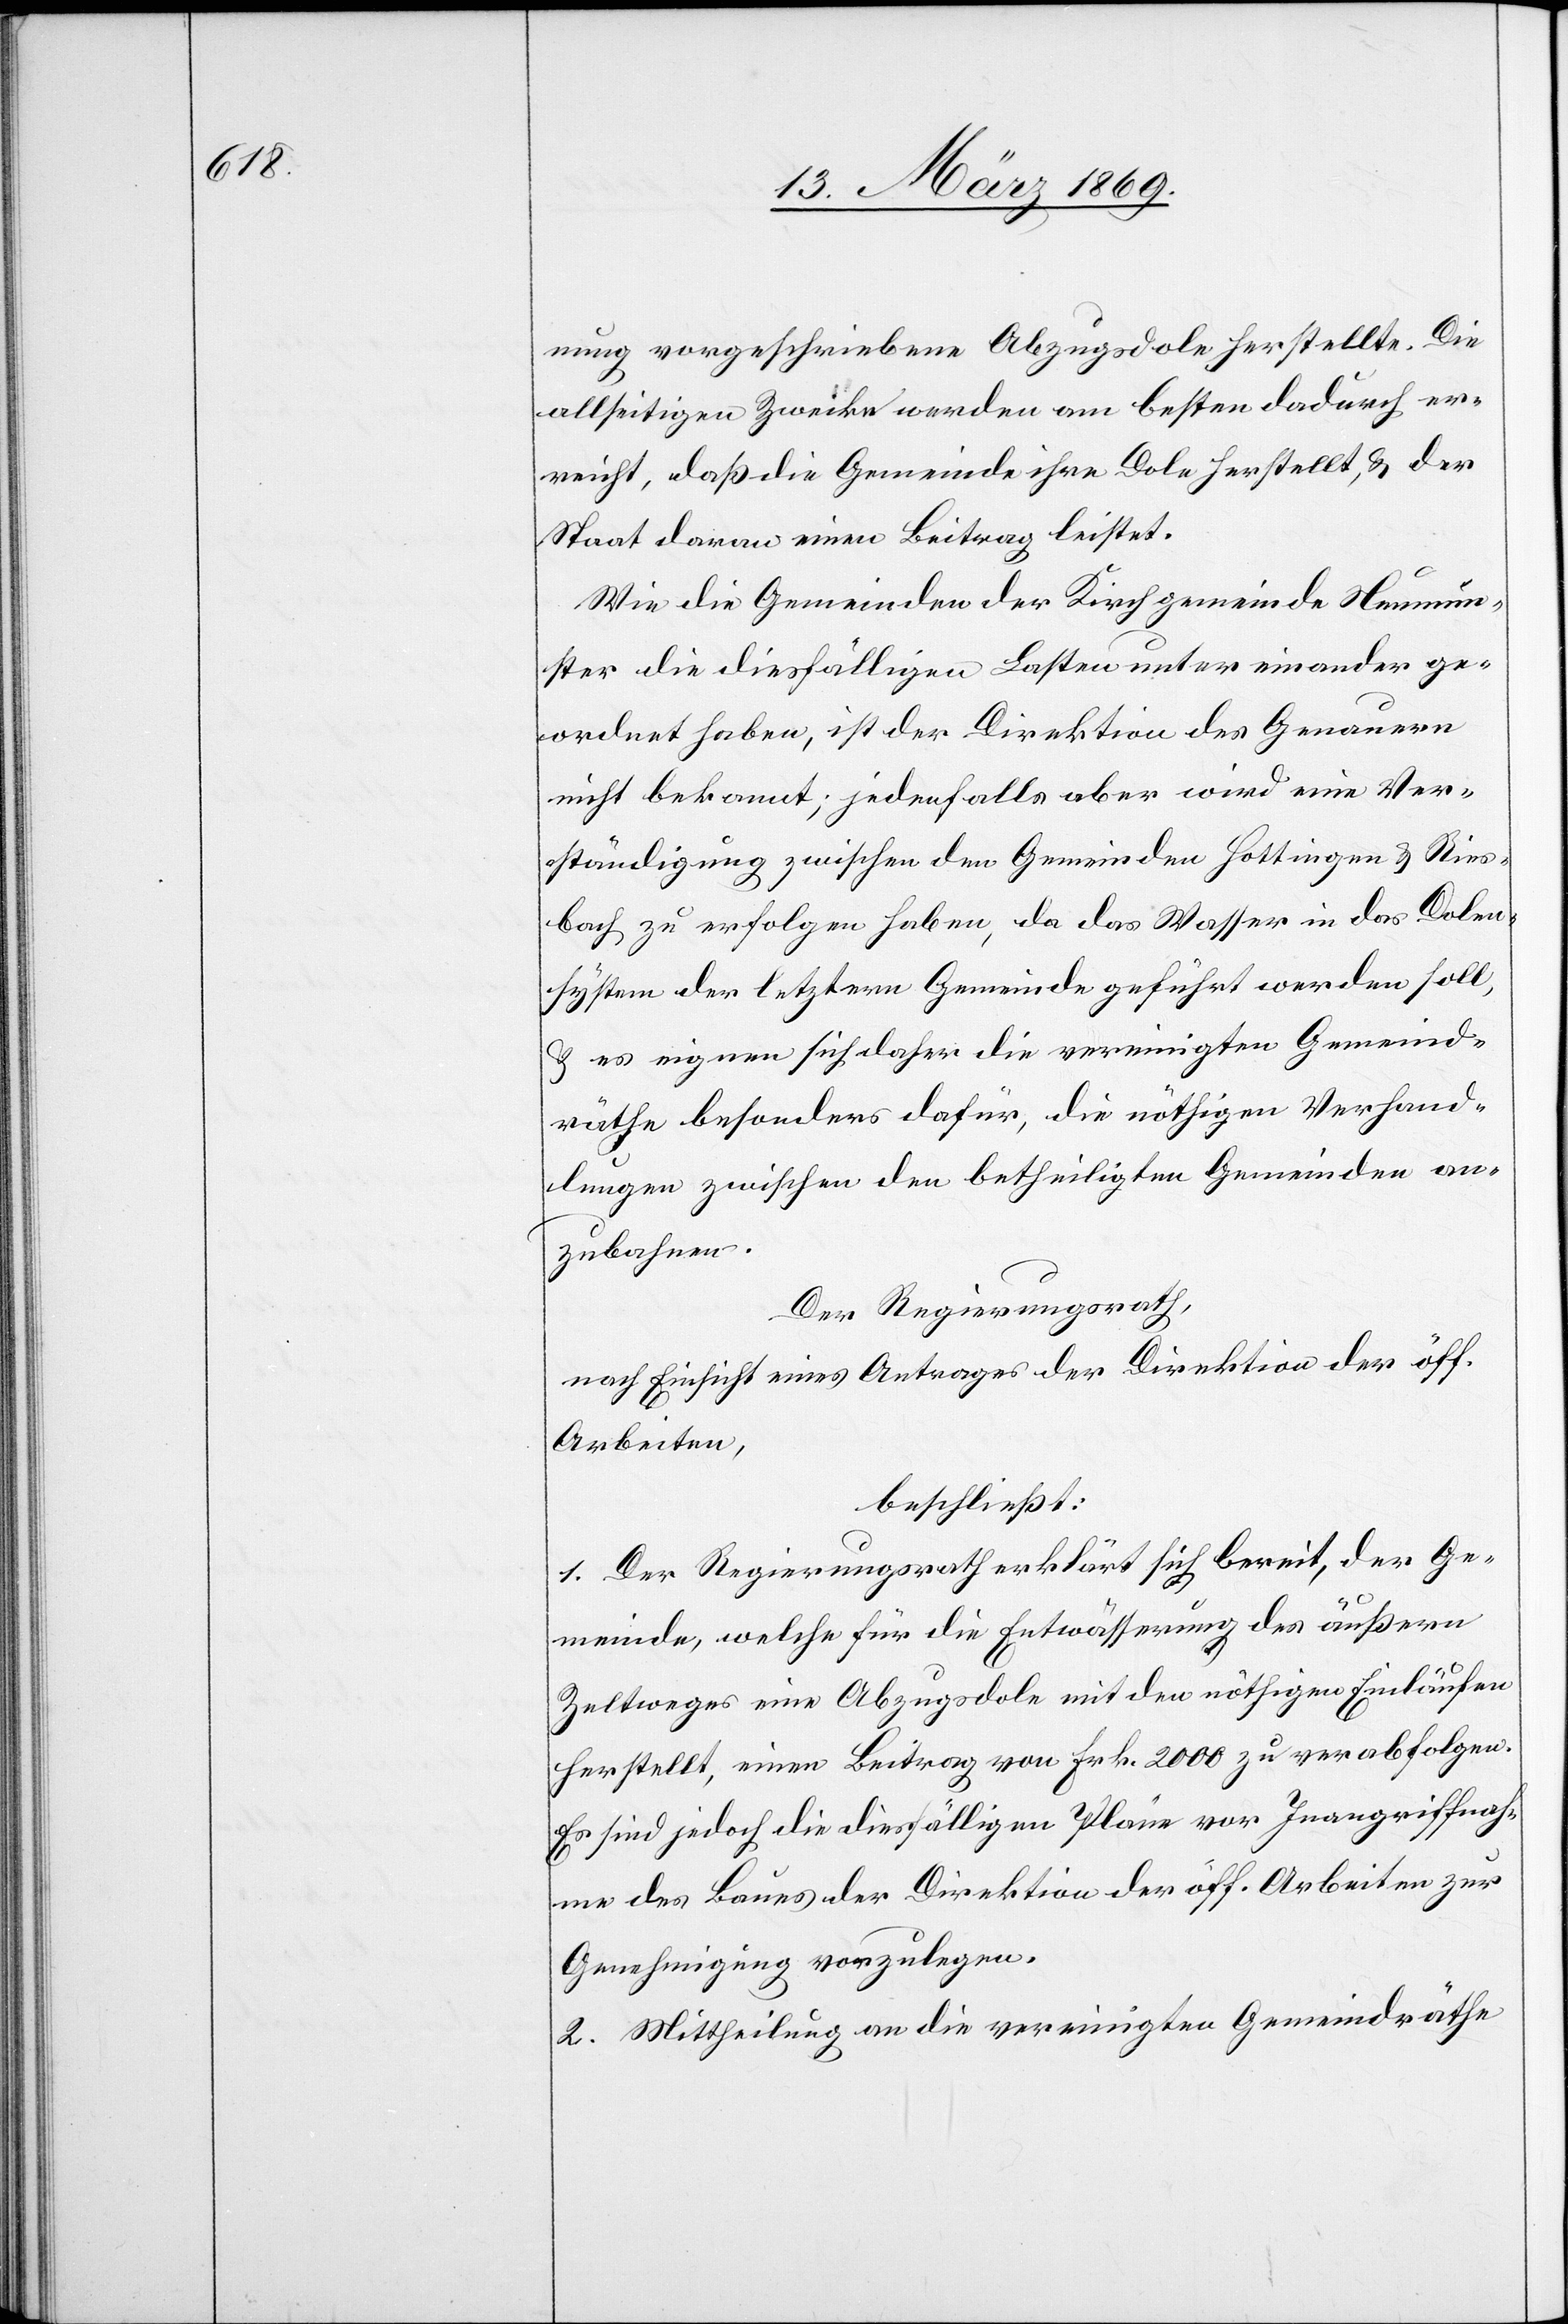
nung vorgeschriebene Abzugsdole herstellte. Die
allseitigen Zwecke werden am besten dadurch er¬
reicht, daß die Gemeinde ihre Dole herstellt, & der
Staat daran einen Beitrag leistet.
Wie die Gemeinden der Kirchgemeinde Neumün¬
ster die diesfälligen Lasten untereinander ge¬
ordnet haben, ist der Direktion des Genauern
nicht bekannt; jedenfalls aber wird eine Ver¬
ständigung zwischen den Gemeinden Hottingen & Ries¬
bach zu erfolgen haben, da das Wasser in das Dolen¬
system der letztern Gemeinde geführt werden soll,
& es eignen sich daher die vereinigten Gemeind¬
räthe besonders dafür, die nöthigen Verhand¬
lungen zwischen den betheiligten Gemeinden an¬
zubahnen.
Der Regierungsrath,
nach Einsicht eines Antrages der Direktion der öff.
Arbeiten,
beschließt:
1. Der Regierungsrath erklärt sich bereit, der Ge¬
meinde, welche für die Entwässerung des äußern
Zeltweges eine Abzugsdole mit den nöthigen Einläufen
herstellt, einen Beitrag von Frk. 2000 zu verabfolgen.
Es sind jedoch die diesfälligen Pläne vor Inangriffnah¬
me des Baues der Direktion der öff. Arbeiten zur
Genehmigung vorzulegen.
2. Mittheilung an die vereinigten Gemeindräthe